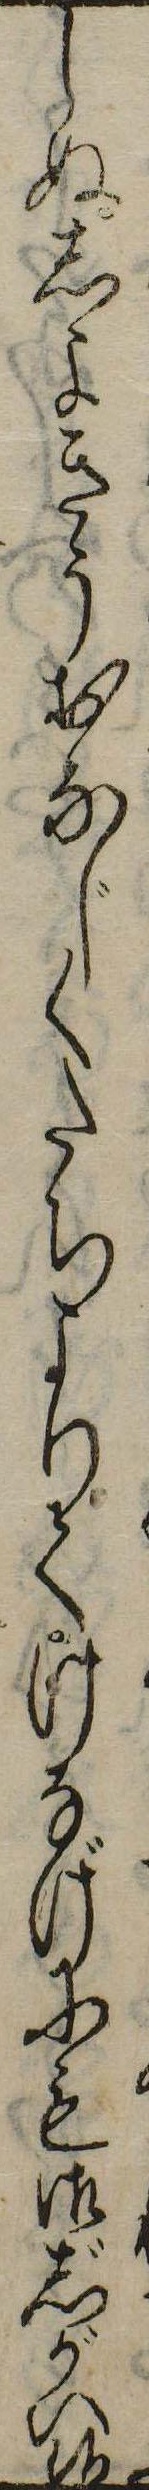
しぬしよきうおなじくたちよりてけなげにも御じがい候